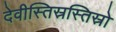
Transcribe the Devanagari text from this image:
देवीस्तिस्रस्तिस्रो